Statistical return of the lunatic asylum in Assam - 1912-1932
Year: 1912
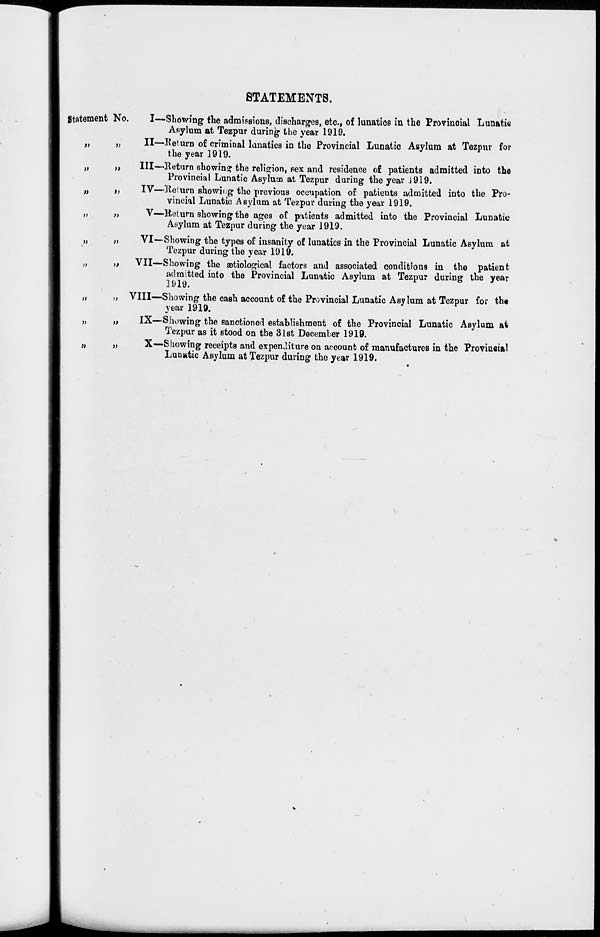
STATEMENTS.
Statement No.
V
»
»
i)
)>
»
i)
)>
>)
»
;i
)>
>)
i>
»
I—Showing the admissions, discharges, etc., of lunatics in the Provincial Lunatic
Asylum at Tezpur during the year 1919.
II—Return of criminal lunatics in the Provincial Lunatic Asylum at Tezpnr for
the year 1919.
Ill—Return showing the religion, sex and residence of patients admitted into the
Provincial Lunatic Asylu-jo at Tezpur during the year J919.
IV—Return showing the previous occupation of patients admitted into the Pro-
vincial Lunatic Asylum at Tezpur during the year 1919.
V—Hot urn showing the ages of patients admitted into the Provincial Lunatic
Asylum at Tezpur during the year 1919.
VI~Showing the types of insanity of lunatics in the Provincial Lunatic Asylum at
Tezpur during the year 1919.
VII—Showing the aetiological factors and associated conditions in the patient
admitted into the Provincial Lunatic Asylum at Tezpur during the year
1919.
VIII—Showing the cash account of the Provincial Lunatic Asy lum at Tezpur for the
year 1919.
IX—Showing the sanctioned establishment of the Provincial Lunatic Asylum at
Tezpur as it stood on the 31st December 1919.
X—Showing receipts and expenditure on account of manufactures in the Provincial
Lunatic Asylum at Tezpur during the year 1919.